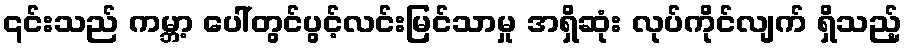
၎င်းသည် ကမ္ဘာ့ ပေါ်တွင်ပွင့်လင်းမြင်သာမှု အရှိဆုံး လုပ်ကိုင်လျက် ရှိသည့်